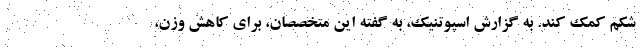
شکم کمک کند. به گزارش اسپوتنیک، به گفته این متخصصان، برای کاهش وزن،